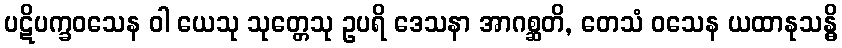
ပဋိပက္ခဝသေန ဝါ ယေသု သုတ္တေသု ဥပရိ ဒေသနာ အာဂစ္ဆတိ, တေသံ ဝသေန ယထာနုသန္ဓိ